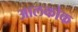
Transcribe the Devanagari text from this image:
आलकोक